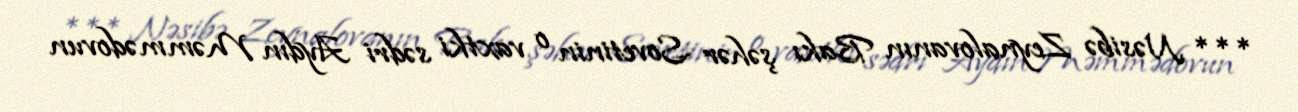
*** Nəsibə Zeynalovanın Bakı şəhər Sovetinin o vaxtki sədri Aydın Məmmədovun